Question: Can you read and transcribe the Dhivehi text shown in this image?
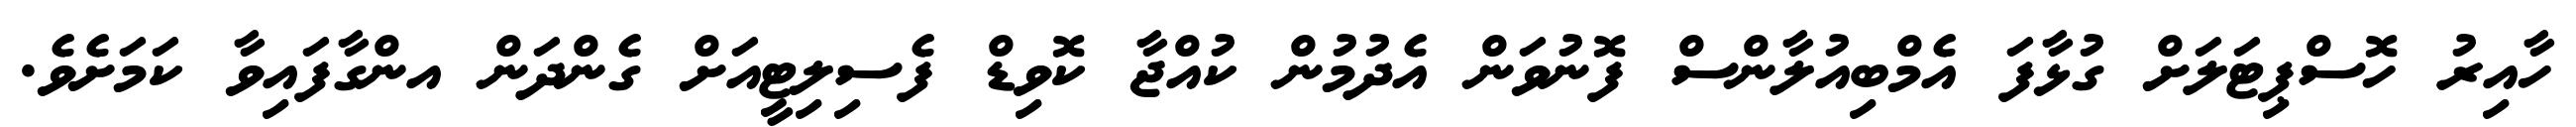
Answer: ހާއިރު ހޮސްޕިޓަލަށް ގުޅާފަ އެމްބިއުލާންސް ފޮނުވަން އެދުމުން ކުއްޖާ ކޮވިޑް ފެސިލިޓީއަށް ގެންދަން އންގާފައިވާ ކަމަށެވެ.